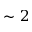
\sim 2